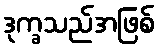
ဒုက္ခသည်အဖြစ်